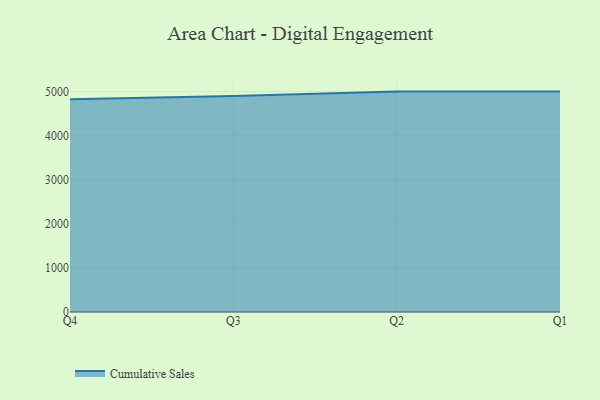
{"axis": {"x": "Quarter", "y": "Satisfaction Score"}, "legend": ["Cumulative Sales"], "data": [{"x": "Q4", "y": 4825.6, "type": "Cumulative Sales"}, {"x": "Q3", "y": 4901.8, "type": "Cumulative Sales"}, {"x": "Q2", "y": 5000, "type": "Cumulative Sales"}, {"x": "Q1", "y": 5000, "type": "Cumulative Sales"}]}